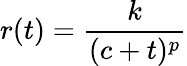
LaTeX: r(t)=\frac{k}{(c+t)^{p}}